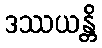
ဒဿယန္တိ